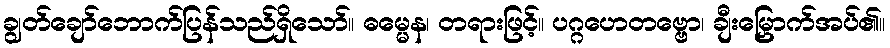
ချွတ်ချော်ဘောက်ပြန်သည်ရှိသော်။ ဓမ္မေန၊ တရားဖြင့်။ ပဂ္ဂဟေတဗ္ဗော၊ ချီးမြှောက်အပ်၏။